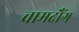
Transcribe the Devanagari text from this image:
चामदौंग